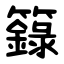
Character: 籙